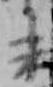
未